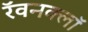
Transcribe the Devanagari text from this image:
रॅवनक्लॉ